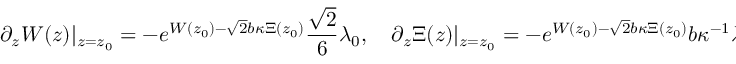
\partial _ { z } W ( z ) \vert _ { z = z _ { 0 } } = - e ^ { W ( z _ { 0 } ) - \sqrt { 2 } b \kappa \Xi ( z _ { 0 } ) } \frac { \sqrt { 2 } } { 6 } \lambda _ { 0 } , \quad \partial _ { z } \Xi ( z ) \vert _ { z = z _ { 0 } } = - e ^ { W ( z _ { 0 } ) - \sqrt { 2 } b \kappa \Xi ( z _ { 0 } ) } b \kappa ^ { - 1 } \lambda _ { 0 } .